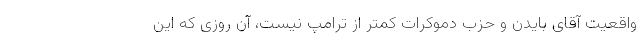
واقعیت آقای بایدن و حزب دموکرات کمتر از ترامپ نیست، آن روزی که این